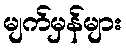
မျက်မှန်များ